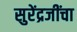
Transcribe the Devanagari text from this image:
सुरेंद्रजींचा